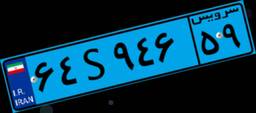
۸۵S۷۹۹۷۴